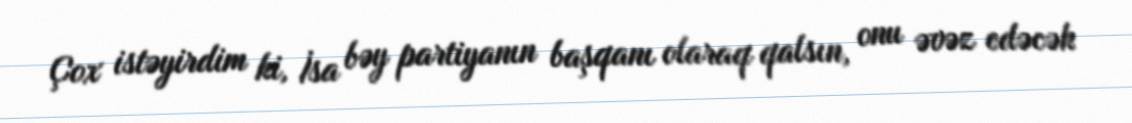
Çox istəyirdim ki, İsa bəy partiyanın başqanı olaraq qalsın, onu əvəz edəcək